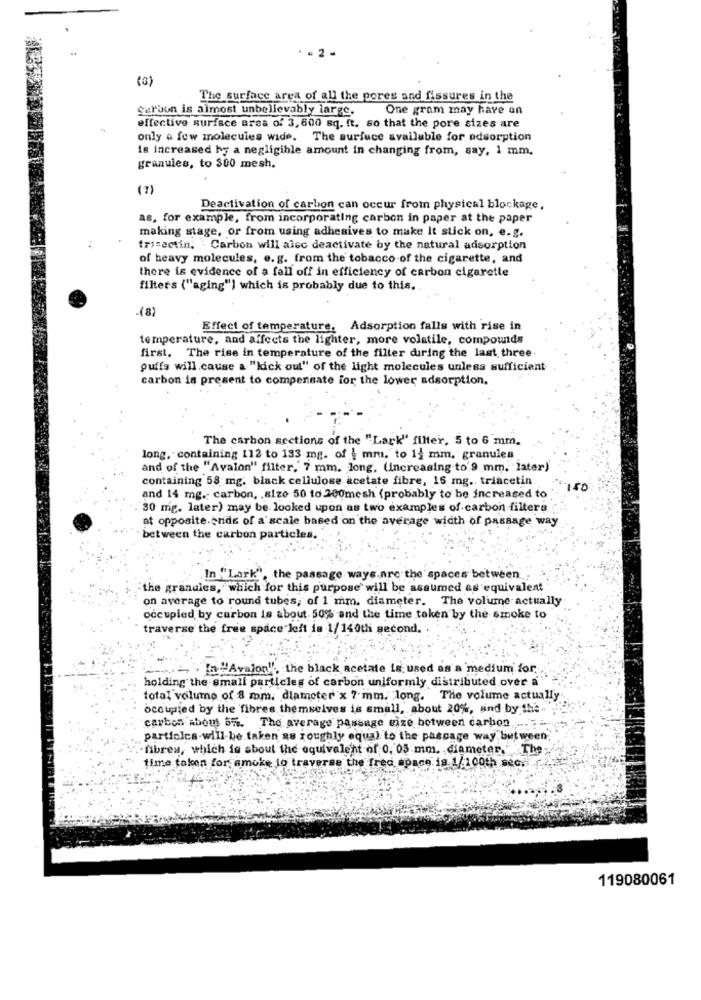
-- 2 -
(3)
The surface area of all the pores and fissures in the
carbon is almost unbelievably large.
One gram may have on
effective surface area of 3,600 sq. ft. so that the pore sizes are
only a few molecules wide. The surfuce available for adsorption
Is increased hy a negligible amount in changing from, say, 1 mm.
granules, to $00 mesh.
(7)
Deactivation of carbon can occur from physical blockage,
as, for example, from incorporating carbon in paper at the paper
making stage, or from using adhesives to make It stick on, e.g.
tricectin. : Carbon will alec deactivate by the natural adsorption
of heavy molecules, e. g. from the tobacco of the cigarette, and
there is evidence of a fall off in efficiency of carbon cigarette
filters ("aging") which is probably due to this.
.(8)
Effect of temperature. Adsorption falls with rise in
temperature, and affects the lighter, more volatile, compounds
first. The rise in temperature of the filter during the last three
puffs will cause a "kick out" of the light molecules unless sufficient
carbon is present to compensate for the lower adsorption.
The carbon sections of the "Lark" filter, 5 to 6 mm.
long, containing 112 to 133 mg. of | mm. to 14 mm. granules
and of the "Avalon" filter, 7 mm. long, (increasing to'9 mm. later)
containing 58 mg. black cellulose acetate fibre, 16 mg. triacetin
150
and 14 mg. carbon, . size 50 to 200mesh (probably to be increased to
30 mg. later) may be looked upon as two examples of carbon filters
at opposite ands of a scale based on the average width of passage way
between the carbon particles.
In "Lark", the passage ways.are the spaces between
the granules, which for this purpose will be assumed as equivalent
on average to round tubes; of 1 mm. diameter. The volume actually
occupied by carbon is about. 50% and the time taken by the smoke to
traverse the free space left is 1/140th second.
- " In"Avalon", the black acetate is used as a medium for
holding the small particles of carbon uniformly distributed over a
total volume of 8 mom. diameter x 7 mm. long. The volume actually
occupied by the fibres themselves is small, about 20%, sind by the ..
carbon about 5%. The average passage mize between carbon ........
particles will be taken as roughly equal to the passage way but ween;
fibres, which is about the equivalent of 0. 05 mm. diameter." The
time taken for, smoke to traverse the fred space is 1/1 00th sec. f.
119080061